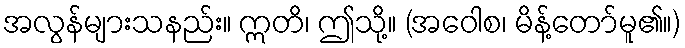
အလွန်များသနည်း။ ဣတိ၊ ဤသို့။ (အဝေါစ၊ မိန့်တော်မူ၏။)